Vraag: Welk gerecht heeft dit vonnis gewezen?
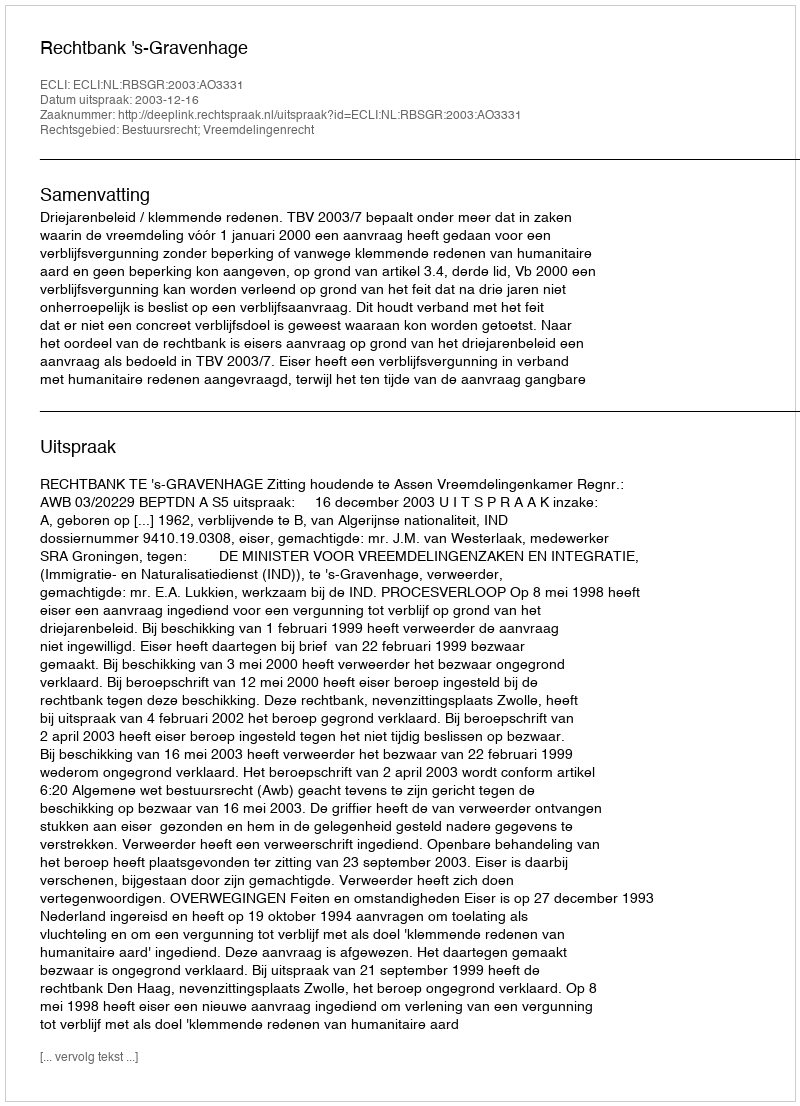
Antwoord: Rechtbank 's-Gravenhage